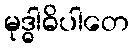
မုဒ္ဓါဓိပါတေ